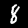
Label: 8